Vaccination United Provinces of Agra and Oudh 1923-1928 - 1923-1928
Year: 1923
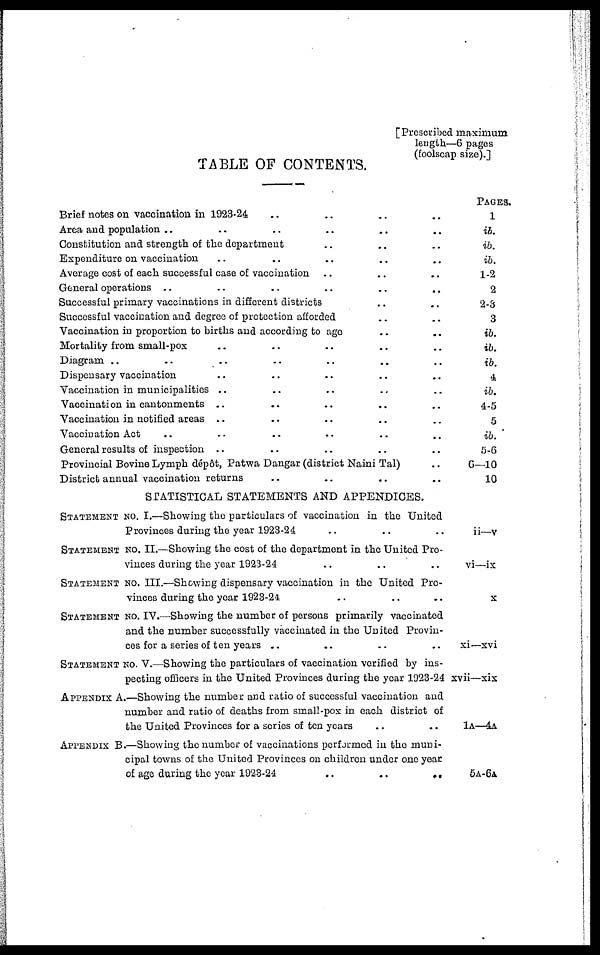
[Prescribed maximum
length—6 pages
(foolscap size).]
TABLE OF CONTENTS.
Brief notes on vaccination in 1923-24 .. .. .. .. ..
Area and population .. .. .. ..
Constitution and strength of the department .. .. .. ..
Expenditure on vaccination .. .. .. ..
Average cost of each successful case of vaccination .. ..
General operations .. .. .. ..
Successful primary vaccinations in different districts .. .. ..
Successful vaccination and degree of protection afforded .. .. ..
Vaccination in proportion to births and according to age .. .. ..
Mortality from small-pox .. .. .. ..
Diagram .. .. .. ..
Dispensary vaccination .. .. .. ..
Vaccination in municipalities .. .. .. ..
Vaccination in cantonments .. .. .. ..
Vaccination in notified areas .. .. .. ..
Vaccination Act .. .. .. .. ..
General results of inspection .. .. ..
Provincial Bovine Lymph dépôt, Patwa Dangar (district Naini Tal) ..
District annual vaccination returns .. .. .. .. ..
STATISTICAL STATEMENTS AND APPENDICES.
STATEMENT No. I.—Showing the particulars of vaccination in the United
Provinces during the year 1923-24 .. .. ..
STATEMENT No. II.—Showing the cost of the department in the United Pro-
vinces during the year 1923-24 .. .. ..
STATEMENT No. III.—Showing dispensary vaccination in the United Pro-
vinces during the year 1923-24 .. .. ..
STATEMENT No. IV.—Showing the number of persons primarily vaccinated
and the number successfully vaccinated in the United Provin-
ces for a series of ten years .. .. .. ..
STATEMENT No. V.—Showing the particulars of vaccination verified by ins-
pecting officers in the United Provinces during the year 1923-24
APPENDIX A.—Showing the number and ratio of successful vaccination and
number and ratio of deaths from small-pox in each district of
the United Provinces for a scries of ten years .. ..
APPENDIX B.—Showing the number of vaccinations performed in the muni-
cipal towns of the United Provinces on children under one year
of age during the year 1923-24
..
..
..
..
..
Pages.
1
ib.
ib.
ib.
1-2
2
2-3
3
ib.
ib.
ib.
4
ib.
4-5
5
ib.
5-6
6—10
10
ii—v
vi—ix
x
xi—xvi
xvii—xix
1A—4A
5A-6A